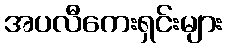
အပလီကေးရှင်းများ